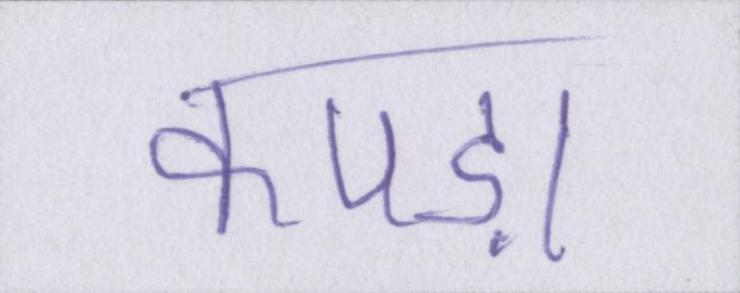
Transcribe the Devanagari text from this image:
कपड़ा